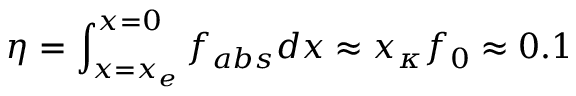
\eta = \int _ { x = x _ { e } } ^ { x = 0 } f _ { a b s } d x \approx x _ { \kappa } f _ { 0 } \approx 0 . 1